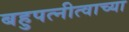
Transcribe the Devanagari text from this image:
बहुपत्नीत्वाच्या